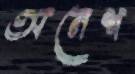
অনেশ